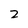
Character: z